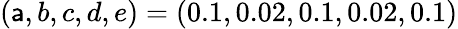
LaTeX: (\mathsf{a},b,c,d,e)=(0.1,0.02,0.1,0.02,0.1)